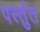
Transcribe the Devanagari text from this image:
पर्स्तुत